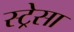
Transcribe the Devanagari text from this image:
स्ट्रेसा